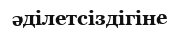
әділетсіздігіне